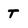
Character: T